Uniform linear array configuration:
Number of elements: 12
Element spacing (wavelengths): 0.5
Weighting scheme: kaiser
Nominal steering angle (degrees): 60
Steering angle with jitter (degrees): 58.217
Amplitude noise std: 0.05
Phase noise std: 0.05

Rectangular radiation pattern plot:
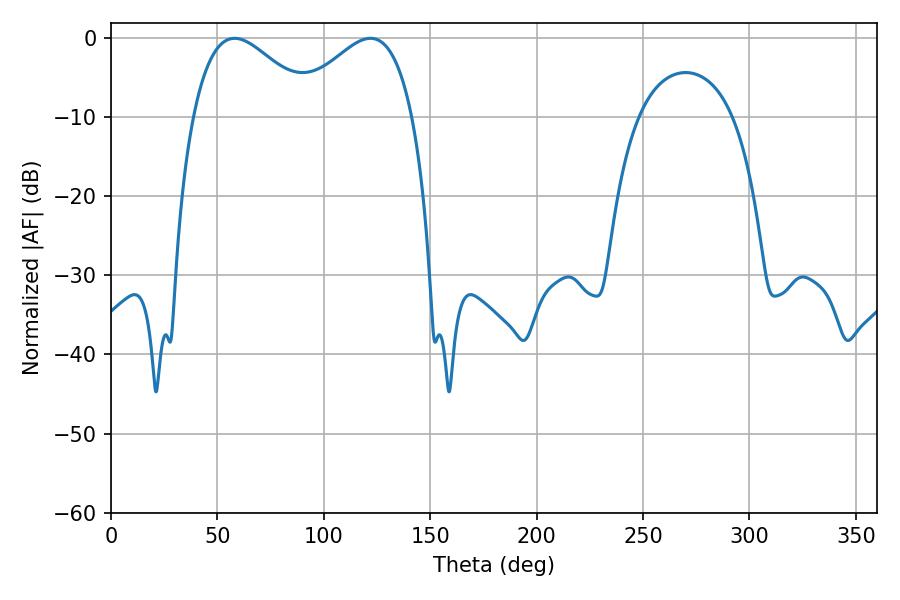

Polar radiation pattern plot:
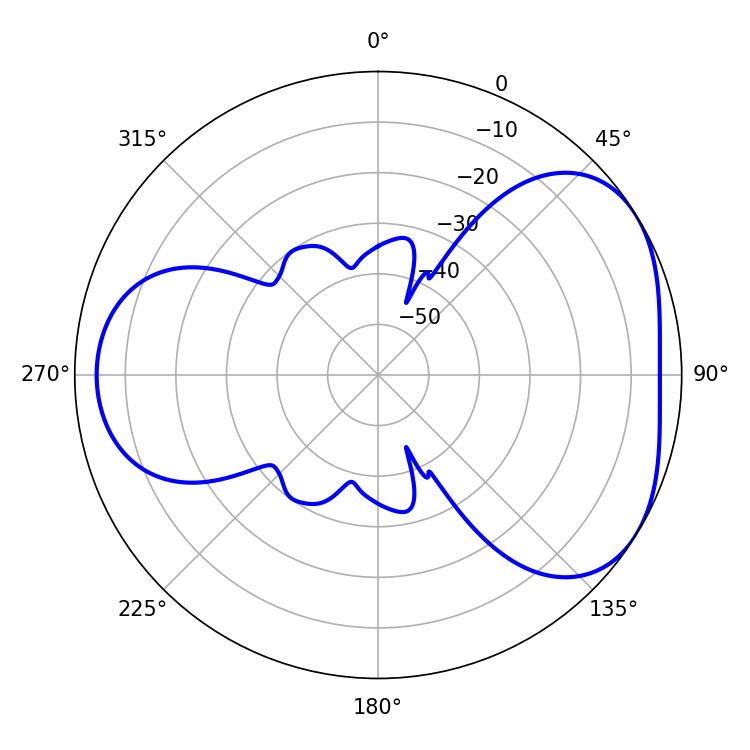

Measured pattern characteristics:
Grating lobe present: FALSE
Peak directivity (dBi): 4.169
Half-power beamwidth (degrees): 30.96
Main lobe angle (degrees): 58.14